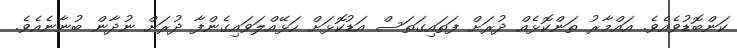
ކަންބޮޑުވެއެވެ. އައްމާރު ތަންކޮޅެއް ދުރަށް ފަތައިގަތަސް އަޑުކޮޅަށް ހަޅޭއްލަވައިގެންފާ ދުރަށް ނުދާން ބުނާނެއެވެ.